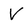
Character: V